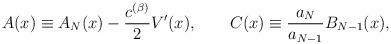
LaTeX: \begin{align*}A(x)\equiv A_{N}(x)-\frac{c^{(\beta)}}{2}V'(x), \qquad C(x)\equiv \frac{a_{N}}{a_{N-1}}B_{N-1}(x),\end{align*}